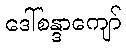
ဒေါ်စန္ဒာကျော်